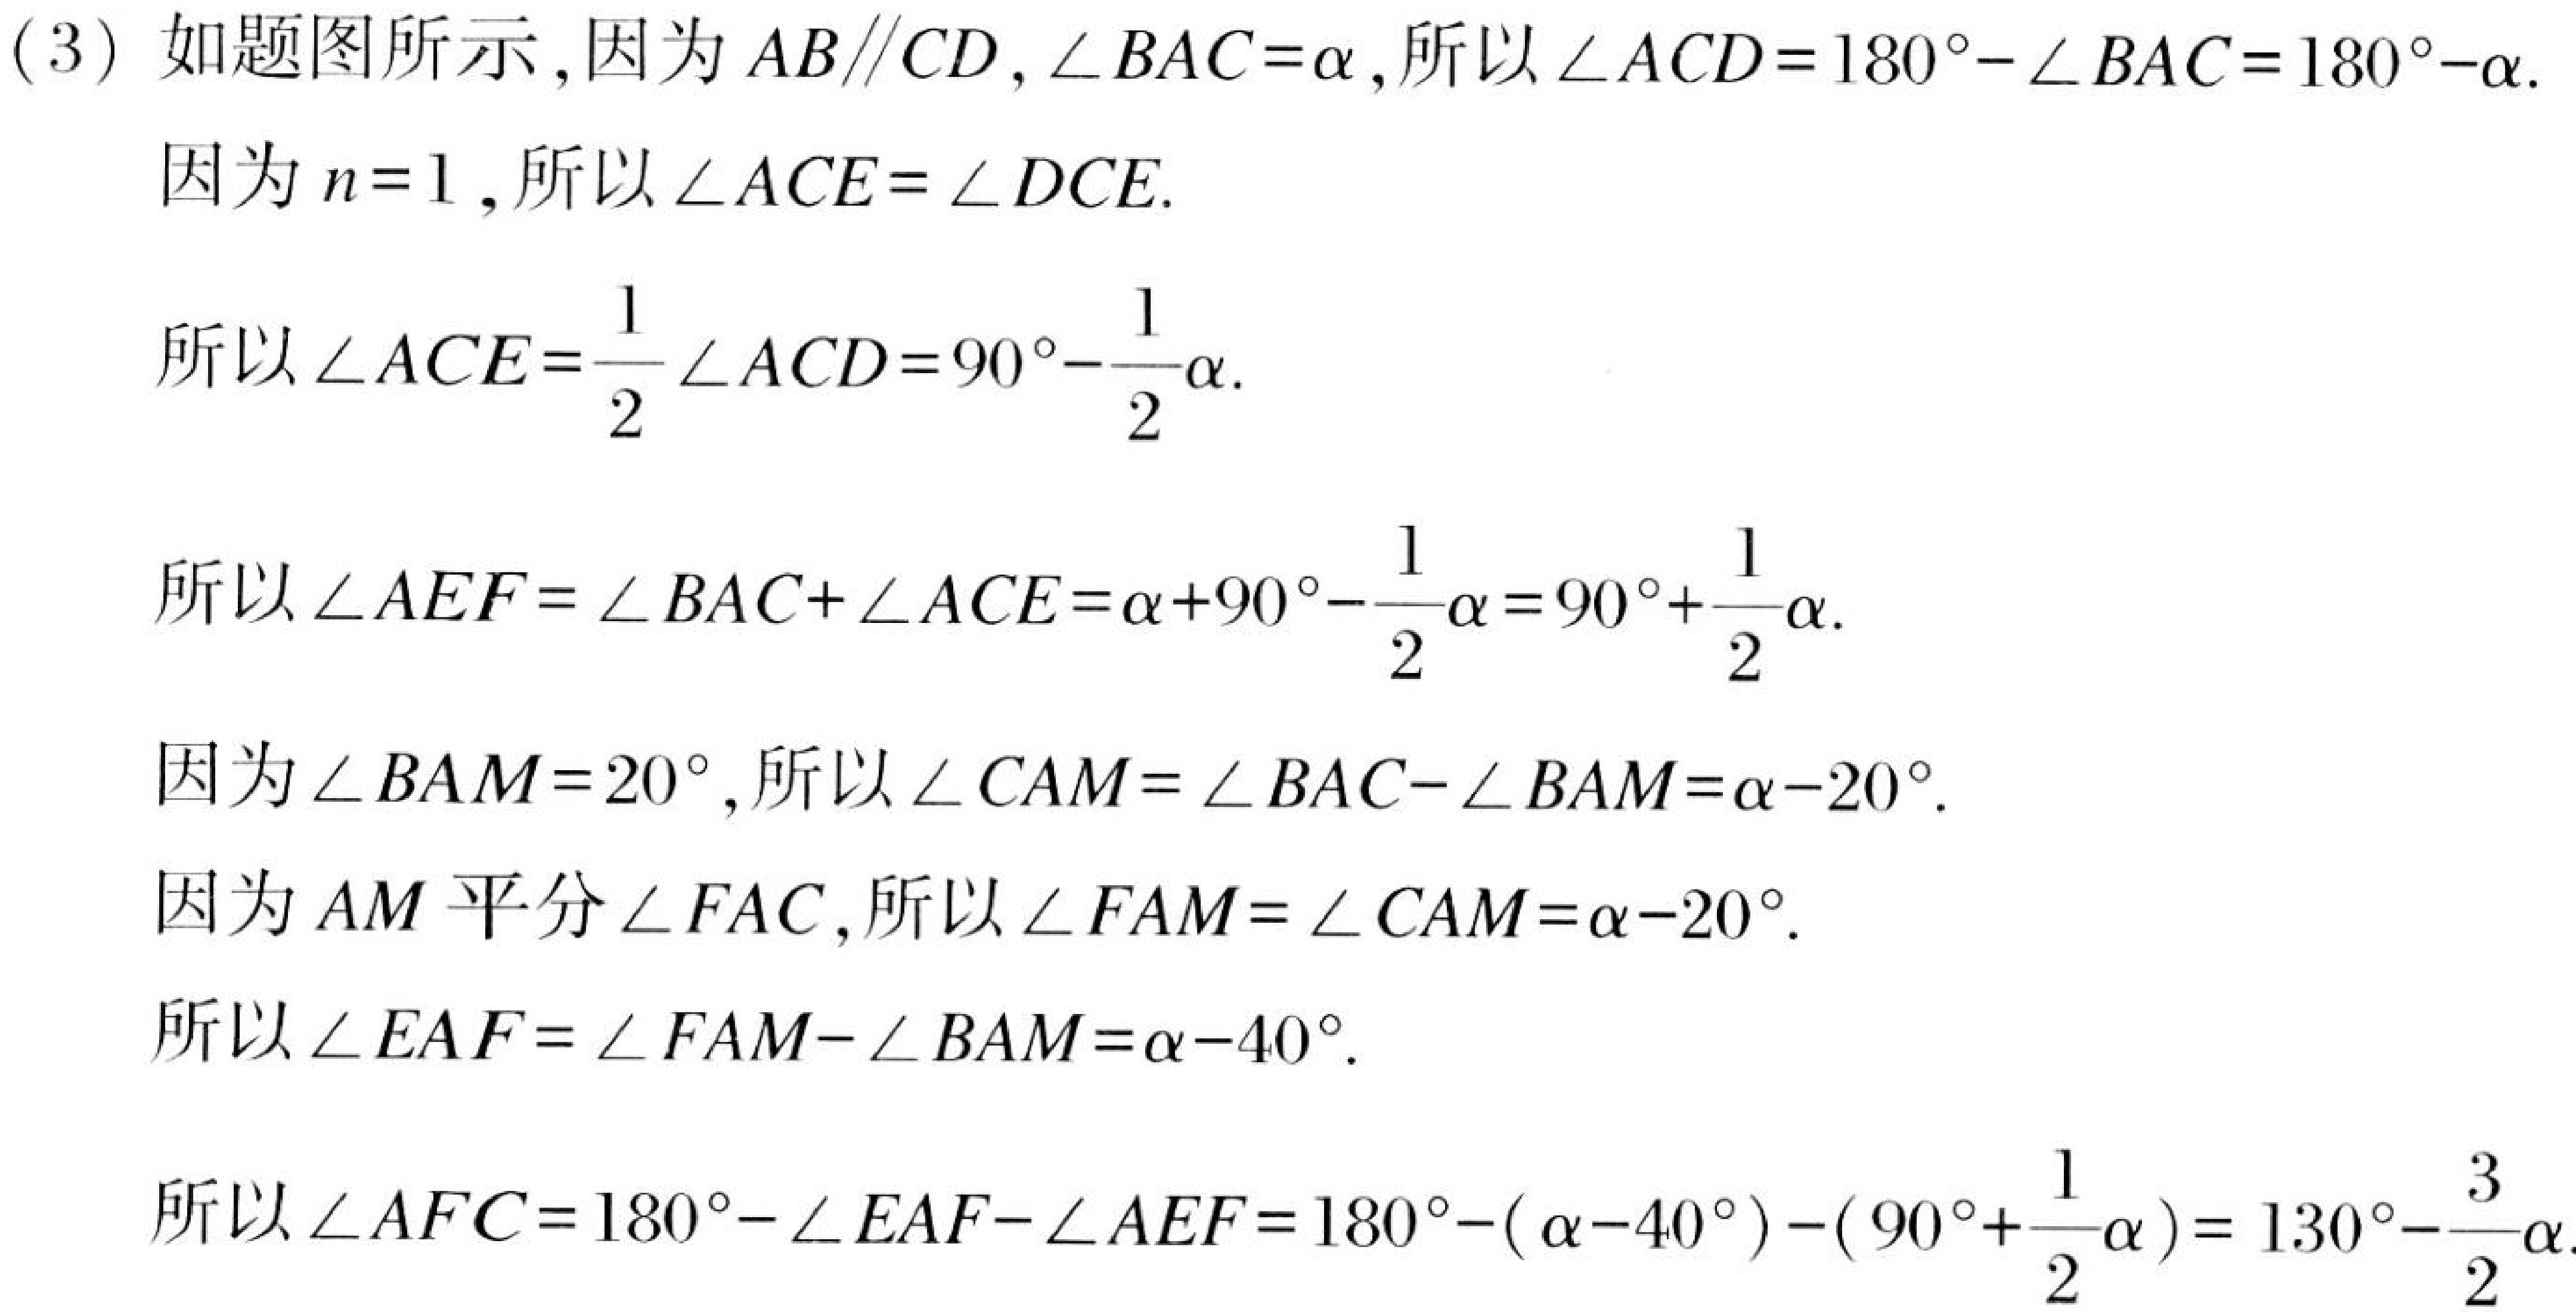
(3) 如题图所示，因为\(AB\parallel CD\)，\(\angle BAC = \alpha\)，所以\(\angle ACD = 180^{\circ}-\angle BAC = 180^{\circ}-\alpha\).
因为\(n = 1\)，所以\(\angle ACE=\angle DCE\).
所以\(\angle ACE=\dfrac{1}{2}\angle ACD = 90^{\circ}-\dfrac{1}{2}\alpha\).
所以\(\angle AEF=\angle BAC+\angle ACE=\alpha + 90^{\circ}-\dfrac{1}{2}\alpha=90^{\circ}+\dfrac{1}{2}\alpha\).
因为\(\angle BAM = 20^{\circ}\)，所以\(\angle CAM=\angle BAC - \angle BAM=\alpha - 20^{\circ}\).
因为\(AM\)平分\(\angle FAC\)，所以\(\angle FAM=\angle CAM=\alpha - 20^{\circ}\).
所以\(\angle EAF=\angle FAM - \angle BAM=\alpha - 40^{\circ}\).
所以\(\angle AFC = 180^{\circ}-\angle EAF-\angle AEF=180^{\circ}-(\alpha - 40^{\circ})-(90^{\circ}+\dfrac{1}{2}\alpha)=130^{\circ}-\dfrac{3}{2}\alpha\)